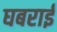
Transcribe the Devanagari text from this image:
घबराईं